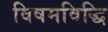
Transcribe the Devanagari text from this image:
विषमविद्धि